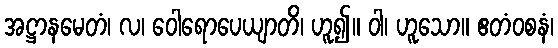
အဋ္ဌာနမေတံ၊ လ၊ ဝေါရောပေယျာတိ၊ ဟူ၍။ ဝါ၊ ဟူသော။ ဧတံဝစနံ၊